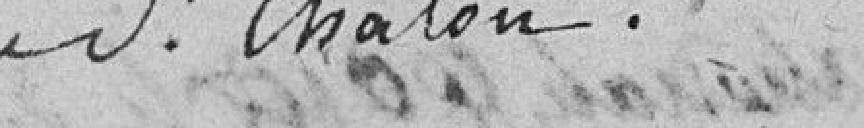
du sieur Chalon.